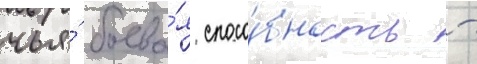
чья́ боева́я спосо́бность -